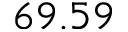
6 9 . 5 9